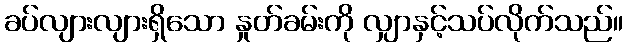
ခပ်လျားလျားရှိသော နှုတ်ခမ်းကို လျှာနှင့်သပ်လိုက်သည်။